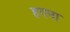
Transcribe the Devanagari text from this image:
हगना